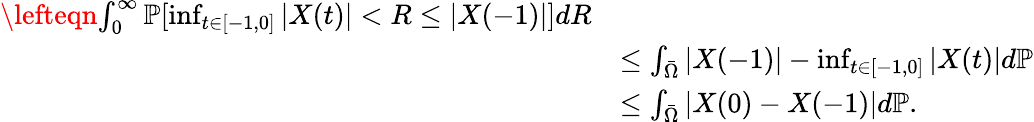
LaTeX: \begin{array}{rl}{\lefteqn{\int_{0}^{\infty}\mathbb{P}[\operatorname*{inf}_{t\in[-1,0]}|X(t)|<R\le|X(-1)|]dR}}\\ &{\le\int_{\bar{\Omega}}|X(-1)|-\operatorname*{inf}_{t\in[-1,0]}|X(t)|d\mathbb{P}}\\ &{\le\int_{\bar{\Omega}}|X(0)-X(-1)|d\mathbb{P}.}\end{array}